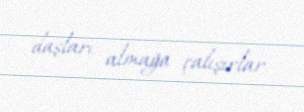
daşları almağa çalışırlar.